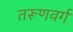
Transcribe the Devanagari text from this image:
तरूणवर्ग